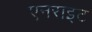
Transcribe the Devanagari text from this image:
एनराइट